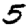
Digit: 5